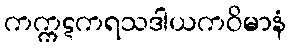
ကက္ကဋကရသဒါယကဝိမာနံ